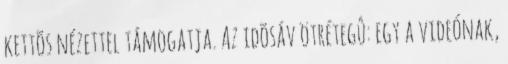
kettõs nézettel támogatja. Az idõsáv ötrétegû: egy a videónak,